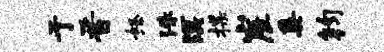
亍晋怒洙溟揲崖奚钧